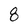
Character: 8